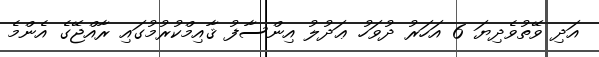
އަދި ވޭތުވެދިޔަ 6 އަހަރު ދުވަހު ޢަދުލު އިންސާފު ޤާއިމްކުރުމުގައި ރާއްޖޭގެ އެންމެ